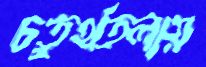
চতুর্থতলায়